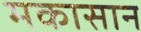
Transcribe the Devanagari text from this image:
मकासान